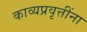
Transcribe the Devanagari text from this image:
काव्यप्रवृत्तींना